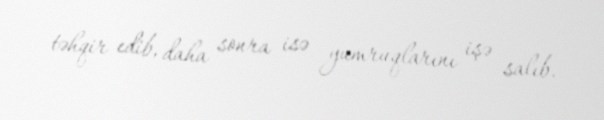
təhqir edib, daha sonra isə yumruqlarını işə salıb.